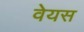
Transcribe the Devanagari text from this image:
वेयस